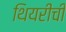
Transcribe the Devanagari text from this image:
थियरीची